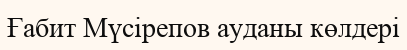
Ғабит Мүсірепов ауданы көлдері